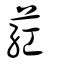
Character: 葒